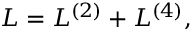
{ \cal L } = { \cal L } ^ { ( 2 ) } + { \cal L } ^ { ( 4 ) } ,